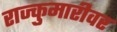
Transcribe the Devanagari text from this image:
राज्कुमारीवर